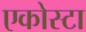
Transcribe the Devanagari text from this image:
एकोस्टा